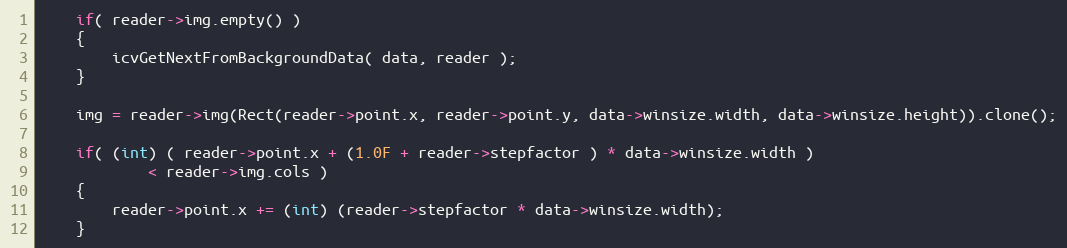
Language: C++
    if( reader->img.empty() )
    {
        icvGetNextFromBackgroundData( data, reader );
    }

    img = reader->img(Rect(reader->point.x, reader->point.y, data->winsize.width, data->winsize.height)).clone();

    if( (int) ( reader->point.x + (1.0F + reader->stepfactor ) * data->winsize.width )
            < reader->img.cols )
    {
        reader->point.x += (int) (reader->stepfactor * data->winsize.width);
    }